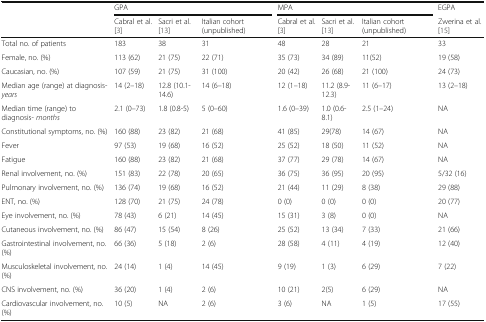
<table><thead><tr><td></td><td colspan="3"><b>GPA</b></td><td colspan="3"><b>MPA</b></td><td><b>EGPA</b></td></tr><tr><td></td><td><b>Cabral et al. [3]</b></td><td><b>Sacri et al.[13]</b></td><td><b>Italian cohort (unpublished)</b></td><td><b>Cabral et al. [3]</b></td><td><b>Sacri et al.[13]</b></td><td><b>Italian cohort (unpublished)</b></td><td><b>Zwerina et al. [15]</b></td></tr></thead><tbody><tr><td>Total no. of patients</td><td>183</td><td>38</td><td>31</td><td>48</td><td>28</td><td>21</td><td>33</td></tr><tr><td>Female, no. (%)</td><td>113 (62)</td><td>21 (75)</td><td>22 (71)</td><td>35 (73)</td><td>34 (89)</td><td>11(52)</td><td>19 (58)</td></tr><tr><td>Caucasian, no. (%)</td><td>107 (59)</td><td>21 (75)</td><td>31 (100)</td><td>20 (42)</td><td>26 (68)</td><td>21 (100)</td><td>24 (73)</td></tr><tr><td>Median age (range) at diagnosis- <i>years</i></td><td>14 (2–18)</td><td>12.8 (10.1-14.6)</td><td>14 (6–18)</td><td>12 (1–18)</td><td>11.2 (8.9-12.3)</td><td>11 (6–17)</td><td>13 (2–18)</td></tr><tr><td>Median time (range) to diagnosis- <i>months</i></td><td>2.1 (0–73)</td><td>1.8 (0.8-5)</td><td>5 (0–60)</td><td>1.6 (0–39)</td><td>1.0 (0.6-8.1)</td><td>2.5 (1–24)</td><td>NA</td></tr><tr><td>Constitutional symptoms, no. (%)</td><td>160 (88)</td><td>23 (82)</td><td>21 (68)</td><td>41 (85)</td><td>29(78)</td><td>14 (67)</td><td>NA</td></tr><tr><td>Fever</td><td>97 (53)</td><td>19 (68)</td><td>16 (52)</td><td>25 (52)</td><td>18 (50)</td><td>11 (52)</td><td>NA</td></tr><tr><td>Fatigue</td><td>160 (88)</td><td>23 (82)</td><td>21 (68)</td><td>37 (77)</td><td>29 (78)</td><td>14 (67)</td><td>NA</td></tr><tr><td>Renal involvement, no. (%)</td><td>151 (83)</td><td>22 (78)</td><td>20 (65)</td><td>36 (75)</td><td>36 (95)</td><td>20 (95)</td><td>5/32 (16)</td></tr><tr><td>Pulmonary involvement, no. (%)</td><td>136 (74)</td><td>19 (68)</td><td>16 (52)</td><td>21 (44)</td><td>11 (29)</td><td>8 (38)</td><td>29 (88)</td></tr><tr><td>ENT, no. (%)</td><td>128 (70)</td><td>21 (75)</td><td>24 (78)</td><td>0 (0)</td><td>0 (0)</td><td>0 (0)</td><td>20 (77)</td></tr><tr><td>Eye involvement, no. (%)</td><td>78 (43)</td><td>6 (21)</td><td>14 (45)</td><td>15 (31)</td><td>3 (8)</td><td>0 (0)</td><td>NA</td></tr><tr><td>Cutaneous involvement, no. (%)</td><td>86 (47)</td><td>15 (54)</td><td>8 (26)</td><td>25 (52)</td><td>13 (34)</td><td>7 (33)</td><td>21 (66)</td></tr><tr><td>Gastrointestinal involvement, no. (%)</td><td>66 (36)</td><td>5 (18)</td><td>2 (6)</td><td>28 (58)</td><td>4 (11)</td><td>4 (19)</td><td>12 (40)</td></tr><tr><td>Musculoskeletal involvement, no. (%)</td><td>24 (14)</td><td>1 (4)</td><td>14 (45)</td><td>9 (19)</td><td>1 (3)</td><td>6 (29)</td><td>7 (22)</td></tr><tr><td>CNS involvement, no. (%)</td><td>36 (20)</td><td>1 (4)</td><td>2 (6)</td><td>10 (21)</td><td>2(5)</td><td>6 (29)</td><td>NA</td></tr><tr><td>Cardiovascular involvement, no. (%)</td><td>10 (5)</td><td>NA</td><td>2 (6)</td><td>3 (6)</td><td>NA</td><td>1 (5)</td><td>17 (55)</td></tr></tbody></table>